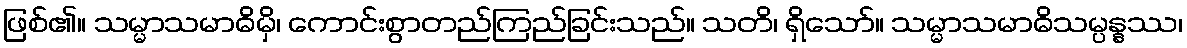
ဖြစ်၏။ သမ္မာသမာဓိမှိ၊ ကောင်းစွာတည်ကြည်ခြင်းသည်။ သတိ၊ ရှိသော်။ သမ္မာသမာဓိသမ္ပန္နဿ၊